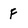
Character: F